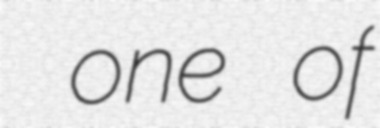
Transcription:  one of